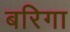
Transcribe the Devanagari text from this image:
बरिगा